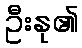
ဦးနု၏